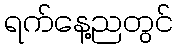
ရက်နေ့ညတွင်